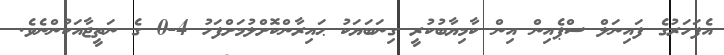
އެފަަހަރުގެ ފައިނަލް ސްޕެއިން އިން ކާމިޔާބުކުރީ ގިނަބަޔަކު ޙައިރާންކޮށްލުމަށްފަހު 4-0 ގެ ނަތީޖާއަކުންނެވެ.